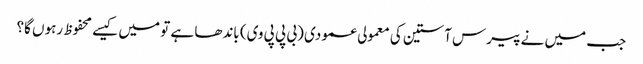
جب میں نے پیرس آستین کی معمولی عمودی (بی پی پی وی) باندھا ہے تو میں کیسے محفوظ رہوں گا؟